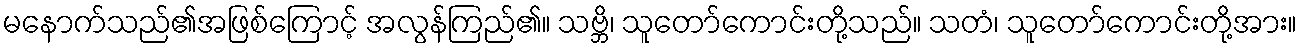
မနောက်သည်၏အဖြစ်ကြောင့် အလွန်ကြည်၏။ သဗ္ဘိ၊ သူတော်ကောင်းတို့သည်။ သတံ၊ သူတော်ကောင်းတို့အား။